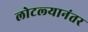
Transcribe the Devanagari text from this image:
लोटल्‍यानंतर